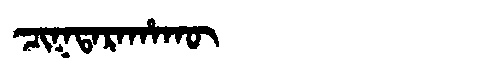
Manchu: ᠴᡳᡴᡨᠠᡵᠠᡥᠠᡴᡡ
Romanization: CIKTARAHAKŪ